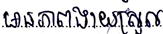
មានភាពងាយស្រួល